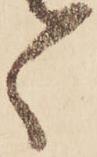
ゝ